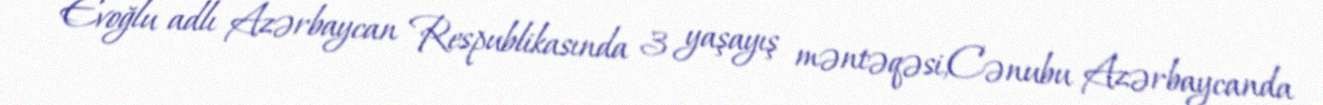
Evoğlu adlı Azərbaycan Respublikasında 3 yaşayış məntəqəsi,Cənubu Azərbaycanda